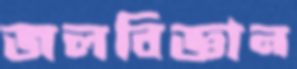
জলবিজ্ঞান